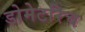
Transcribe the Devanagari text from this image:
डोमेटरिच